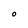
Character: O